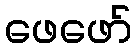
ဖေဖော်